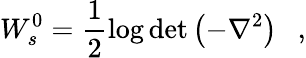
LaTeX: W_{s}^{0}=\frac 12\log\operatorname*{det}\left(-\nabla^{2}\right)~~~,